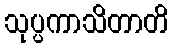
သုပ္ပကာသိတာတိ